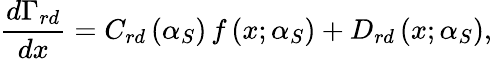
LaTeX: \frac{d\Gamma_{rd}}{dx}=C_{rd}\left(\alpha_{S}\right)\, f\left(x;\alpha_{S}\right)+D_{rd}\left(x;\alpha_{S}\right),